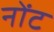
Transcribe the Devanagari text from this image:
नोंट